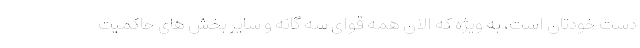
دست خودتان است، به ویژه که الان همه قوای سه گانه و سایر بخش های حاکمیت